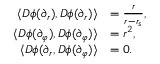
\begin{array} { r l } { \langle D \phi ( \partial _ { r } ) , D \phi ( \partial _ { r } ) \rangle } & { = \frac { r } { r - r _ { s } } , } \\ { \langle D \phi ( \partial _ { \varphi } ) , D \phi ( \partial _ { \varphi } ) \rangle } & { = r ^ { 2 } , } \\ { \langle D \phi ( \partial _ { r } , D \phi ( \partial _ { \varphi } ) \rangle } & { = 0 . } \end{array}